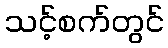
သင့်စက်တွင်